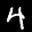
Label: 4